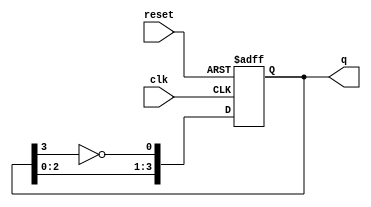
module johnson_counter (
    input wire clk,            // Clock input
    input wire reset,          // Asynchronous reset input
    output reg [3:0] q         // 4-bit output of the counter
);

// Sequential logic to define the Johnson counter behavior
always @(posedge clk or posedge reset) begin
    if (reset) begin
        q <= 4'b0000;          // Reset the counter to 0000
    end else begin
        // Johnson counter logic
        q[0] <= ~q[3];         // Invert the last flip-flop output for the first flip-flop
        q[1] <= q[0];          // Second flip-flop follows the first
        q[2] <= q[1];          // Third flip-flop follows the second
        q[3] <= q[2];          // Fourth flip-flop follows the third
    end
end

endmodule